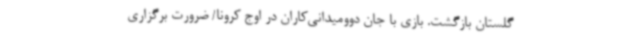
گلستان بازگشت. بازی با جان دوومیدانی‌کاران در اوج کرونا/ ضرورت برگزاری